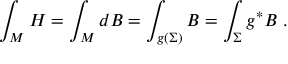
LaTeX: \int _ { M } H = \int _ { M } d B = \int _ { g ( \Sigma ) } B = \int _ { \Sigma } g ^ { * } B ~ .